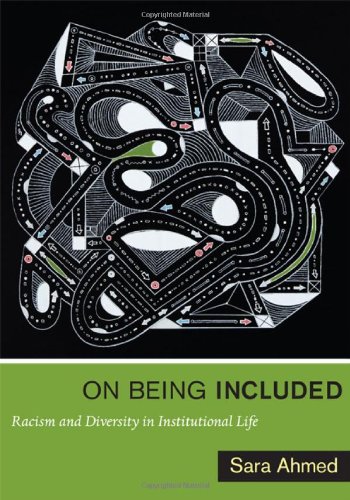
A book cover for On Being Included: Racism and Diversity in Institutional Life; Sara Ahmed; History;